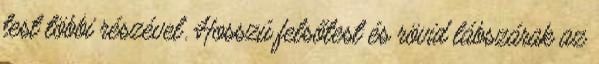
test többi részével. Hosszú felsőtest és rövid lábszárak az